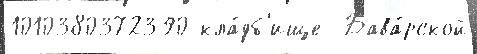
1010380372390 кла́дб'ище  Бава́рской